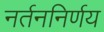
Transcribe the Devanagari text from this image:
नर्तननिर्णय